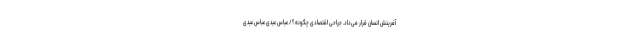
آفرینش انسان قرار می‌داد. جراحی اقتصادی چگونه؟/ عباس عبدی عباس عبدی